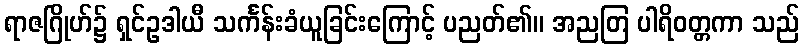
ရာဇဂြိုဟ်၌ ရှင်ဥဒါယီ သင်္ကန်းခံယူခြင်းကြောင့် ပညတ်၏။ အညတြ ပါရိဝတ္တကာ သည်